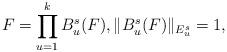
LaTeX: \begin{align*}F= \prod_{u=1}^k B_u^s(F) , \|B_u^s(F)\|_{E_{u}^s}=1,\end{align*}